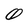
Character: Q